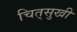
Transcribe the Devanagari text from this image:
चित्‌सुखी